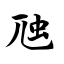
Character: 虺